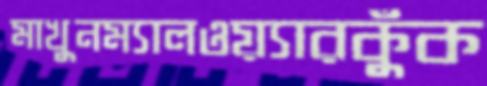
মাখুনম্যালওয়্যারকুঁক